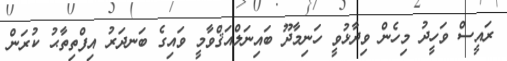
ރައީސް ވަހީދު މިހެން ވިދާޅުވީ ހަނިމާދޫ ބައިނަލްއަޤްވާމީ ވައިގެ ބަނދަރު އިފްތިތާޙު ކުރަން